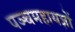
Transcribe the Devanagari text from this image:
पञ्चमहायज्ञों